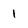
Character: 1